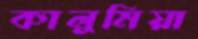
কালুমিয়া